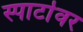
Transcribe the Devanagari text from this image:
स्पार्टावर